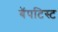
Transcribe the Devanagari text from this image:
बॅपटिस्ट